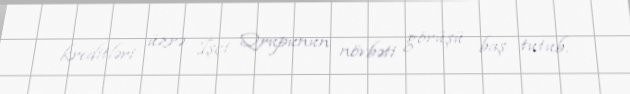
kreditləri üzrə İşçi Qrupunun növbəti görüşü baş tutub.